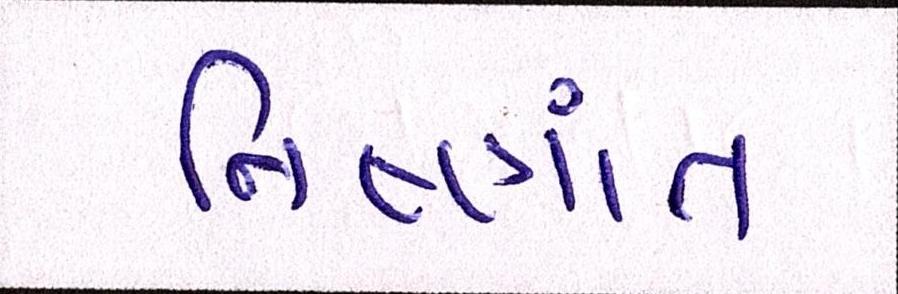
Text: નિષ્ણાંત